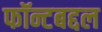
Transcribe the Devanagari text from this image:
फॉन्टबद्दल